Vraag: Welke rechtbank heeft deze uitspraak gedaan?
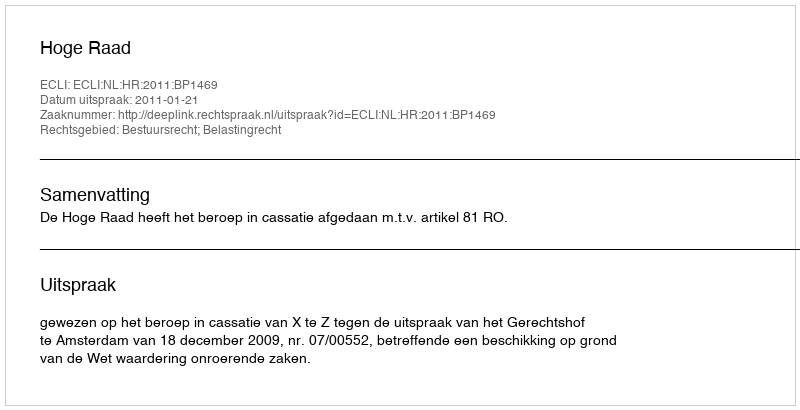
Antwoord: Hoge Raad